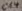
Text: C14